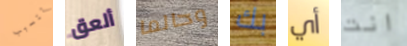
تتسبب ألعق وحالما بك أي انت